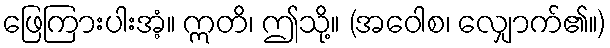
ဖြေကြားပါးအံ့။ ဣတိ၊ ဤသို့။ (အဝေါစ၊ လျှောက်၏။)